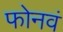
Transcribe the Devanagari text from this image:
फोनवं